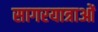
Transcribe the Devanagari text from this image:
सागरयात्राओं